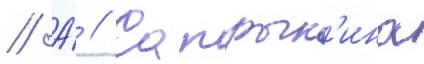
// А́ // Сапрык'ина